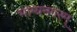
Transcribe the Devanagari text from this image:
भाग्यनगरम्